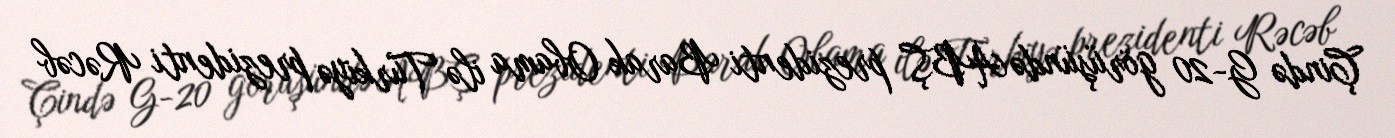
Çində G-20 görüşündə ABŞ prezidenti Barak Obama ilə Türkiyə prezidenti Rəcəb